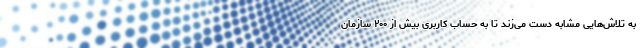
به تلاش‌هایی مشابه دست می‌زند تا به حساب کاربری بیش از ۲۰۰ سازمان